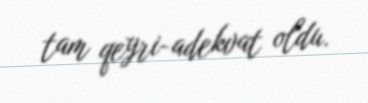
tam qeyri-adekvat oldu.